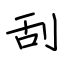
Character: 刮